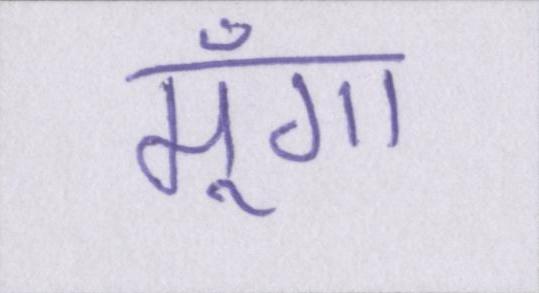
मूँगा